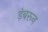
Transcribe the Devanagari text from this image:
ड़ंबरून